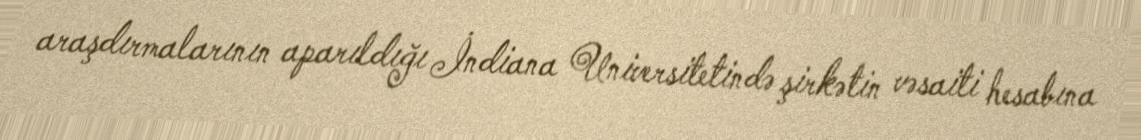
araşdırmalarının aparıldığı İndiana Universitetində şirkətin vəsaiti hesabına